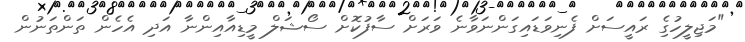
"މަޖިލީހުގެި ރައީސަށް ފެނިވަޑައިގަންނަވާނެ ވަރަށް ސާފުކޮށް ސޯޝަލް މީޑިއާއިންނާ އަދި އެހެން ތަންތަނުން